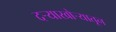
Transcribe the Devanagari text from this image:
दऱ्याखोऱ्यातून